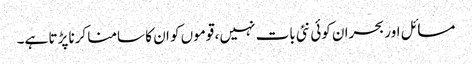
مسائل اور بحران کوئی نئی بات نہیں ، قوموں کو ان کا سامنا کرنا پڑتا ہے۔